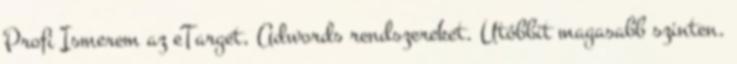
Profi Ismerem az eTarget, Adwords rendszereket. Utóbbit magasabb szinten.